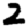
Digit: 2